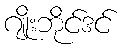
ဂျိုးဘိုင်ဒင်